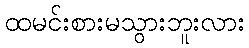
ထမင်းစားမသွားဘူးလား